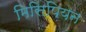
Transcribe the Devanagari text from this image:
मिसिपियन